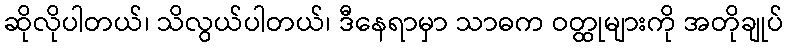
ဆိုလိုပါတယ်၊ သိလွယ်ပါတယ်၊ ဒီနေရာမှာ သာဓက ဝတ္ထုများကို အတိုချုပ်